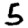
Digit: 5